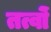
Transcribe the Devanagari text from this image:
तत्वोंं